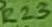
Text: R23